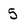
Character: 5